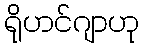
ရိုဟင်ဂျာဟု